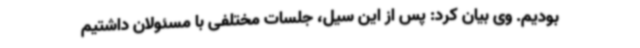
بودیم. وی بیان کرد: پس از این سیل، جلسات مختلفی با مسئولان داشتیم